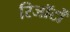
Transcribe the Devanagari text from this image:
रिजॉर्टों